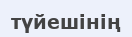
түйешінің